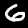
Label: 6